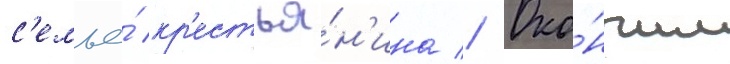
с'емье́ кр'естья́н'ина // Око́нчил